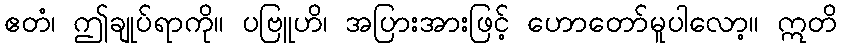
ဧတံ၊ ဤချုပ်ရာကို။ ပဗြူဟိ၊ အပြားအားဖြင့် ဟောတော်မူပါလော့။ ဣတိ